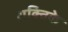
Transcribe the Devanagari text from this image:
शक्तिके